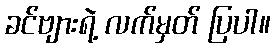
ခင်ဗျားရဲ့ လက်မှတ် ပြပါ။